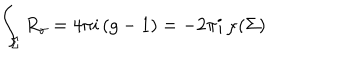
LaTeX: \int _ { \Sigma } R _ { \gamma } = 4 \pi i \, ( g - 1 ) = - 2 \pi i \, \chi ( \Sigma )